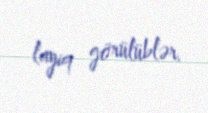
layiq görülüblər.